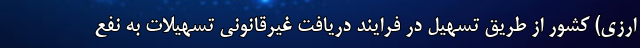
ارزی) کشور از طریق تسهیل در فرایند دریافت غیرقانونی تسهیلات به نفع